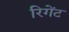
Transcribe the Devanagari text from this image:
रिगेंट